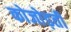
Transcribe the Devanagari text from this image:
कोजोड़ती